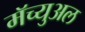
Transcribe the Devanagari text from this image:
मॅच्युअल